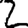
Digit: 2